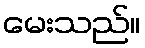
မေးသည်။